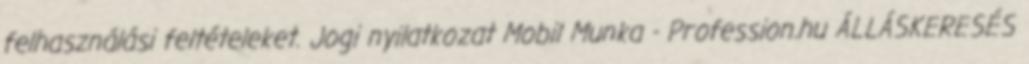
felhasználási feltételeket. Jogi nyilatkozat Mobil Munka - Profession.hu ÁLLÁSKERESÉS